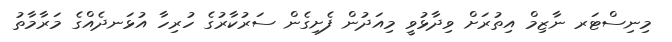
މިނިސްޓަރ ނާޒިމް އިތުރަށް ވިދާޅުވީ މިއަދުން ފެށިގެން ސަރުކާރުގެ ހުރިހާ އުޅަނދެއްގެ މަރާމާތު